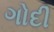
ગોદી